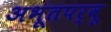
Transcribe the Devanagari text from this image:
अभूतपर्वू